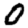
Digit: 0